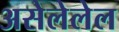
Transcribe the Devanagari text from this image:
असेलेलेल